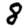
Digit: 8